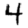
Digit: 4